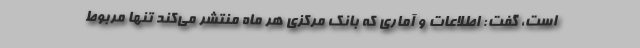
است، گفت: اطلاعات و آماری که بانک مرکزی هر ماه منتشر می‌کند تنها مربوط